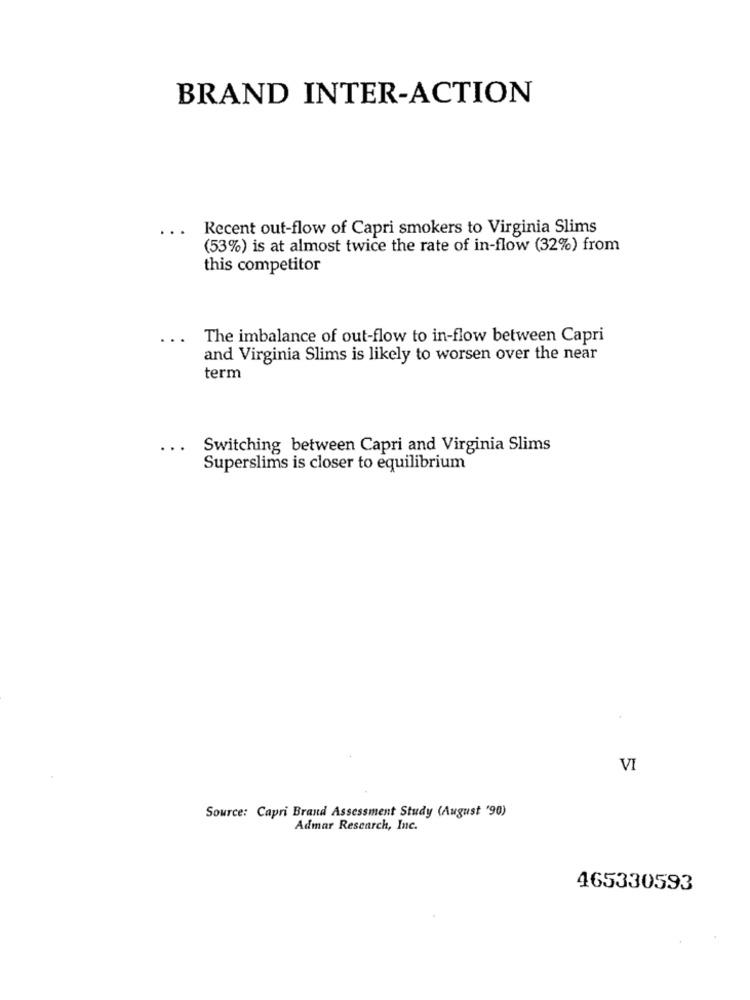
BRAND INTER-ACTION
...
Recent out-flow of Capri smokers to Virginia Slims
(53%) is at almost twice the rate of in-flow (32%) from
this competitor
The imbalance of out-flow to in-flow between Capri
and Virginia Slims is likely to worsen over the near
term
Switching between Capri and Virginia Slims
Superslims is closer to equilibrium
VI
Source: Capri Brand Assessment Study (August '90)
Admar Research, Inc.
465330593